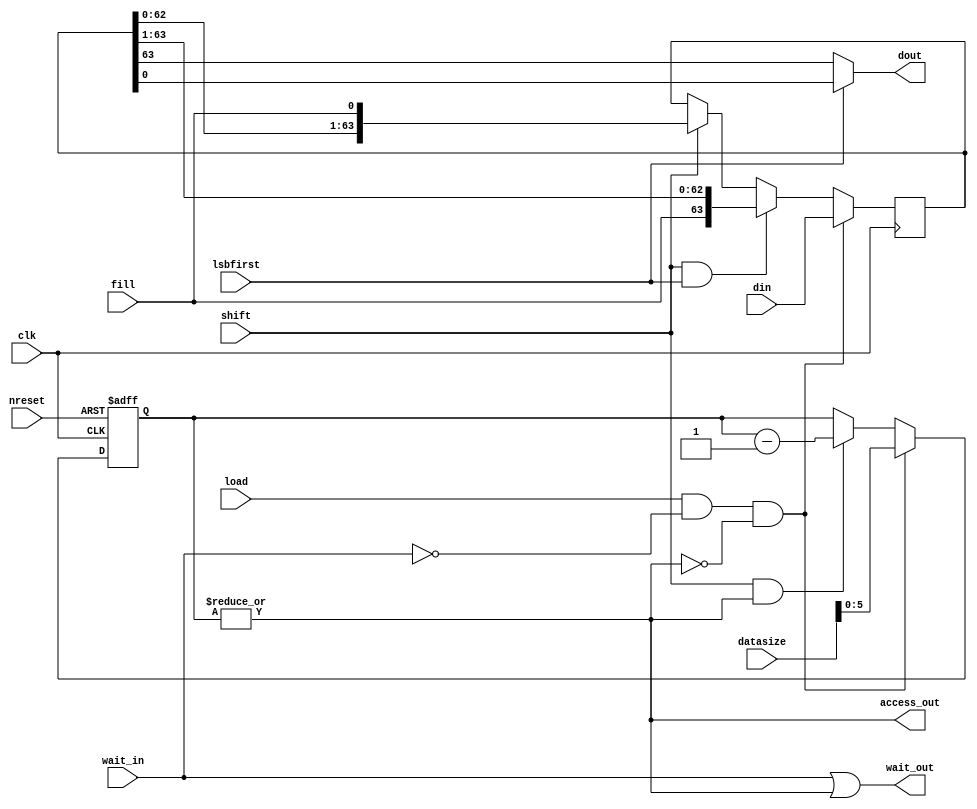
module oh_par2ser #(parameter PW = 64, 
		    parameter SW = 1,  
		    parameter CW = $clog2(PW/SW)  
		    )
   (
    input 	    clk, 
    input 	    nreset, 
    input [PW-1:0]  din, 
    output [SW-1:0] dout, 
    output 	    access_out,
    input 	    load, 
    input 	    shift, 
    input [7:0]     datasize, 
    input 	    lsbfirst, 
    input 	    fill, 
    input 	    wait_in, 
    output 	    wait_out 
    );
   reg [PW-1:0]    shiftreg;
   reg [CW-1:0]    count;
   wire 	   start_transfer;
   wire 	   busy;
   assign start_transfer = load &  ~wait_in & ~busy;
   always @ (posedge clk or negedge nreset)
     if(!nreset)
       count[CW-1:0] <= 'b0;   
     else if(start_transfer)
       count[CW-1:0] <= datasize[CW-1:0];  
     else if(shift & busy)
       count[CW-1:0] <= count[CW-1:0] - 1'b1;
   assign busy = |count[CW-1:0];
   assign access_out = busy;
   assign wait_out  = wait_in | busy;
   always @ (posedge clk)
     if(start_transfer)
       shiftreg[PW-1:0] = din[PW-1:0];
     else if(shift & lsbfirst)		 
       shiftreg[PW-1:0] = {{(SW){fill}}, shiftreg[PW-1:SW]};
     else if(shift)
       shiftreg[PW-1:0] = {shiftreg[PW-SW-1:0],{(SW){fill}}};
   assign dout[SW-1:0] = lsbfirst ? shiftreg[SW-1:0] : 
			            shiftreg[PW-1:PW-SW];	
endmodule